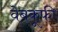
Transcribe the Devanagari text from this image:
वेबकूफी